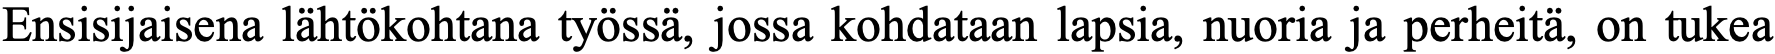
Ensisijaisena lähtökohtana työssä, jossa kohdataan lapsia, nuoria ja perheitä, on tukea